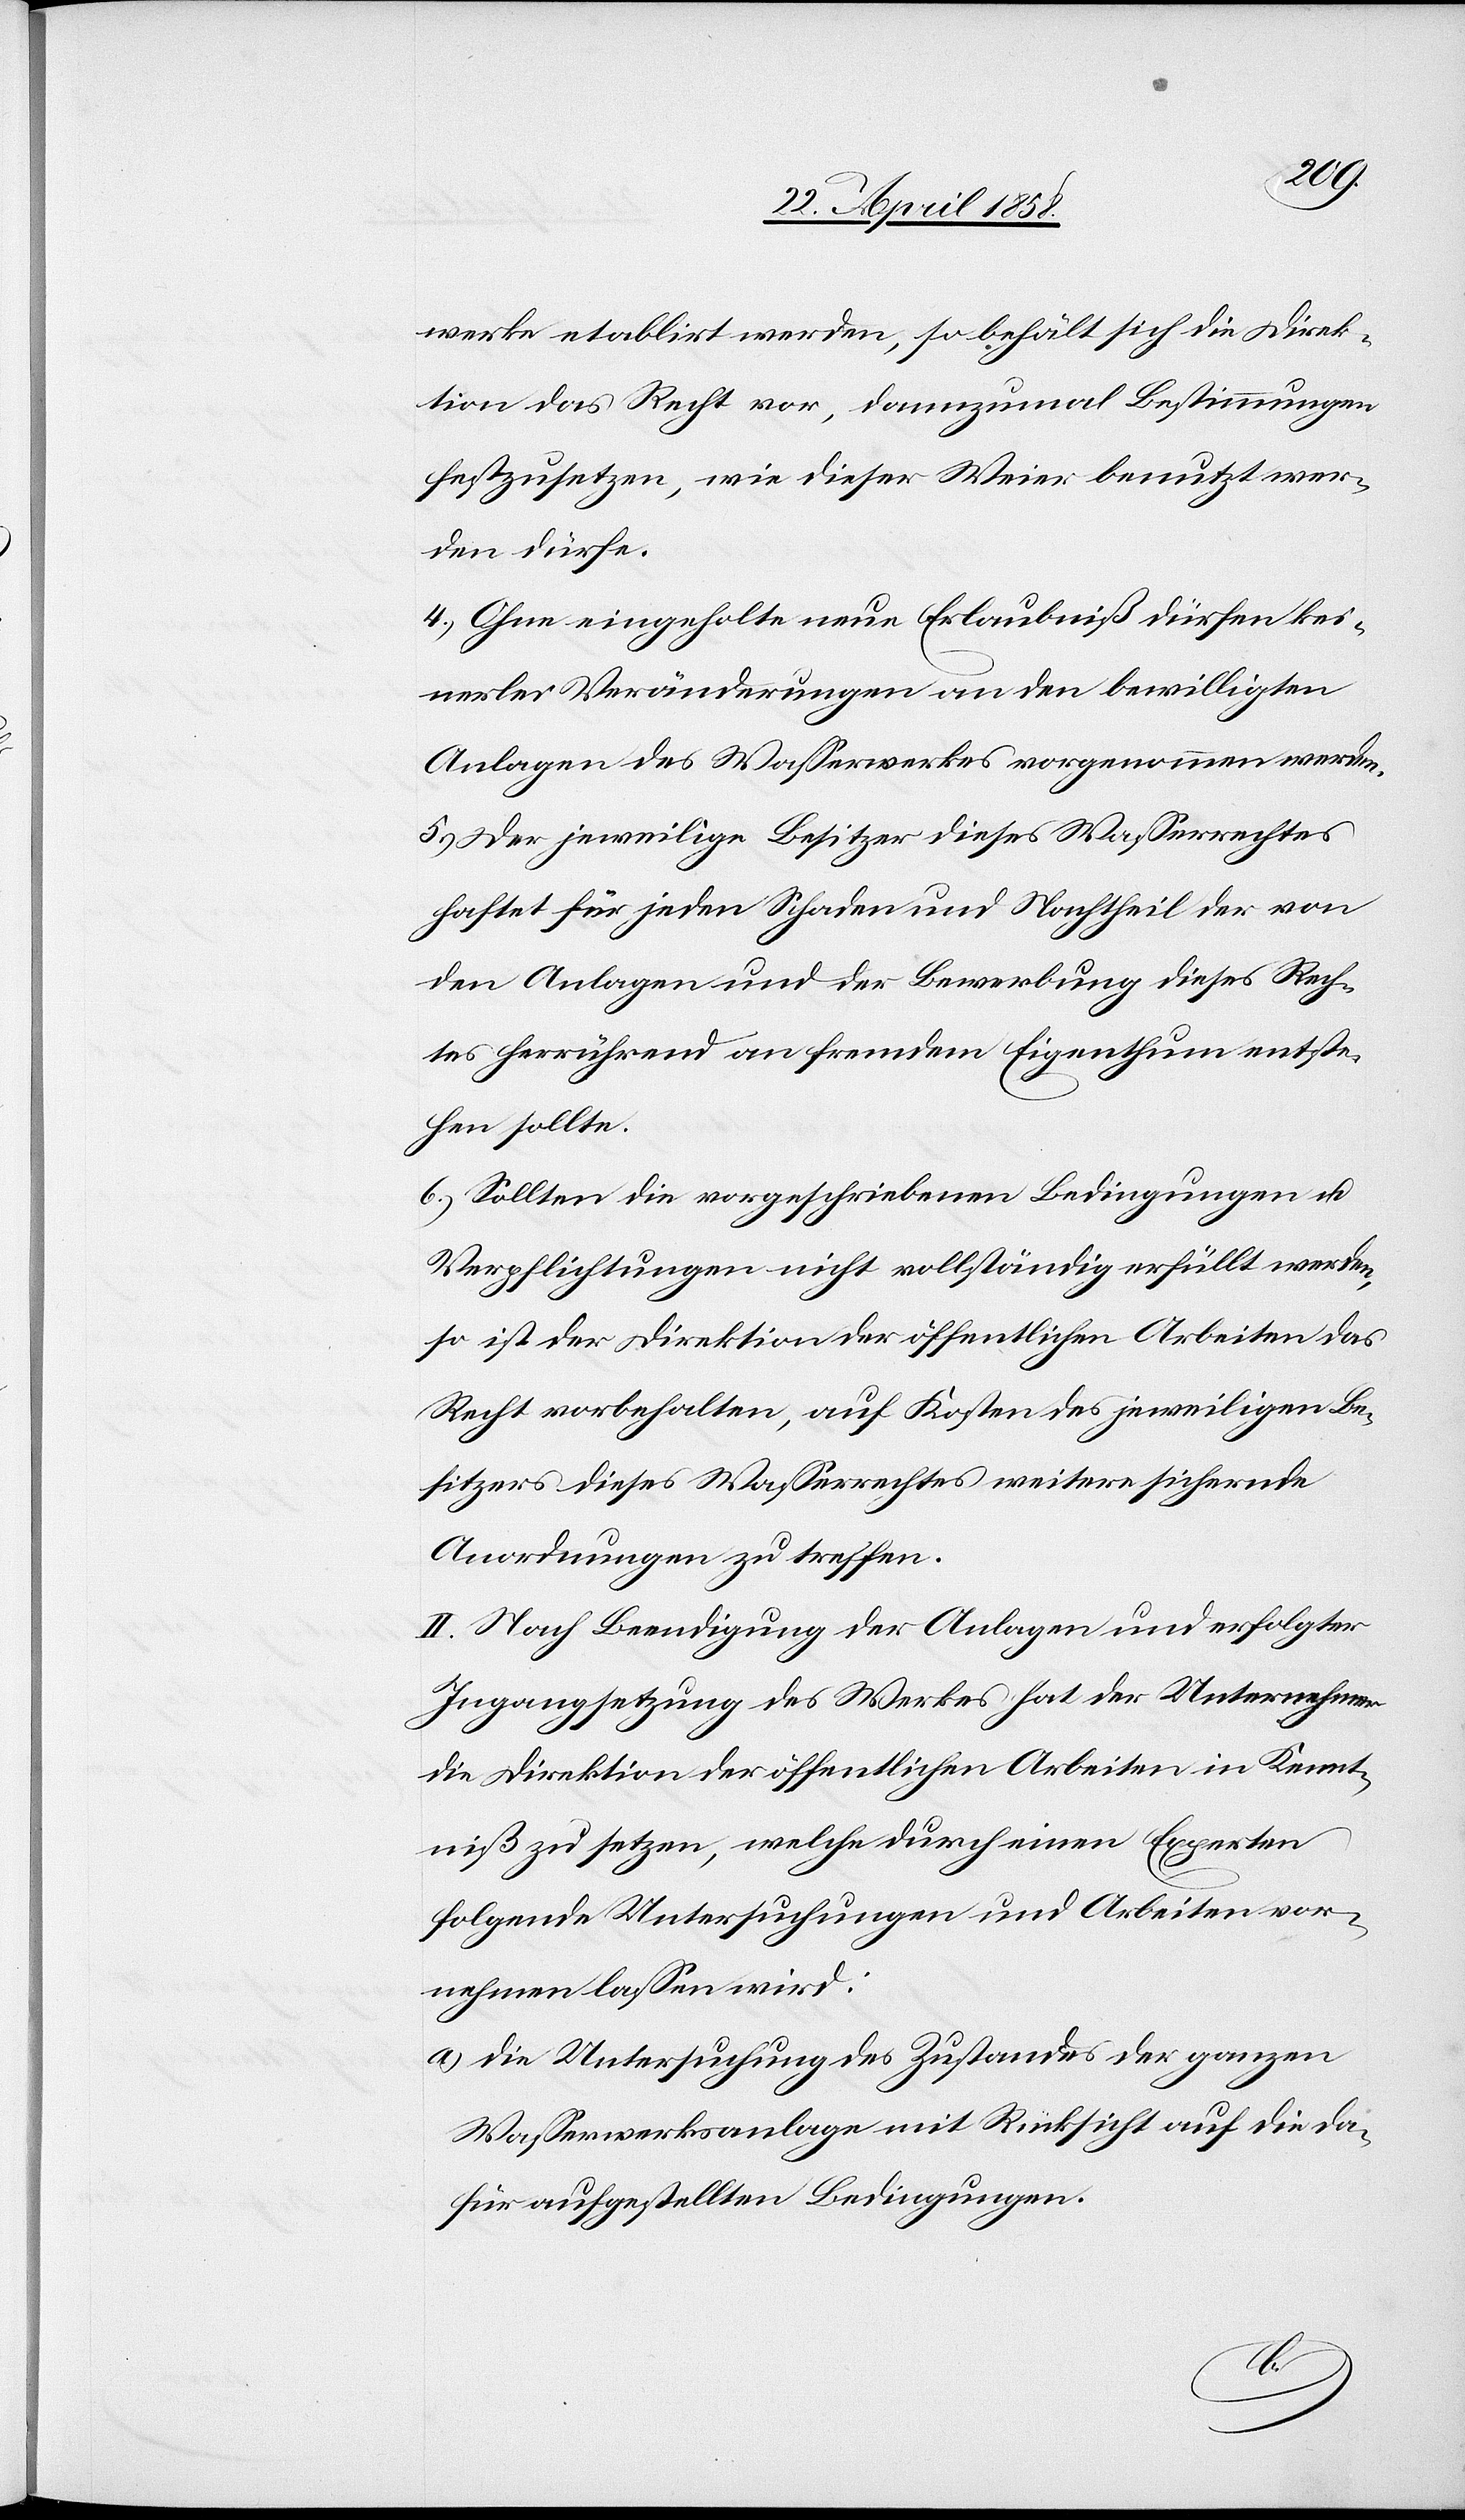
werke etablirt werden, so behält sich die Direk¬
tion das Recht vor, dannzumal Bestimmungen
festzusetzen, wie dieser Weier benutzt wer¬
den dürfe.
4.) Ohne eingeholte neue Erlaubniß dürfen kei¬
nerlei Veränderungen an den bewilligten
Anlagen des Wasserwerkes vorgenommen werden.
5.) Der jeweilige Besitzer dieses Wasserrechtes
haftet für jeden Schaden und Nachtheil der von
den Anlagen und der Bewerbung dieses Rech¬
tes herrührend an fremdem Eigenthum entste¬
hen sollte.
6.) Sollten die vorgeschriebenen Bedingungen u.
Verpflichtungen nicht vollständig erfüllt werden,
so ist der Direktion der öffentlichen Arbeiten das
Recht vorbehalten, auf Kosten des jeweiligen Be¬
sitzers dieses Wasserrechtes weitere sichernde
Anordnungen zu treffen.
II. Nach Beendigung der Anlagen und erfolgter
Ingangsetzung des Werkes hat der Unternehmer
die Direktion der öffentlichen Arbeiten in Kennt¬
niß zu setzen, welche durch einen Experten
folgende Untersuchungen und Arbeiten vor¬
nehmen lassen wird:
a.) Die Untersuchung des Zustandes der ganzen
Wasserwerkesanlage mit Rücksicht auf die da¬
für aufgestellten Bedingungen.